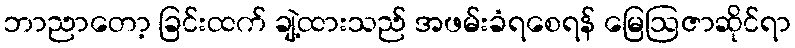
ဘာညာတော့ ခြင်းထက် ချဲ့ထားသည် အဖမ်းခံရစေရန် မြေဩဇာဆိုင်ရာ